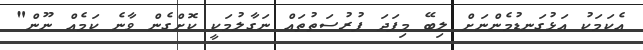
އެކަމަކު އަޅުގަނޑުމެންނަށް ލިބޭ މިފަދަ ފުރުސަތުތައް ނަގާލުމަކީ ކޮށްގެން ވާނެ ކަމެއް ނޫން"